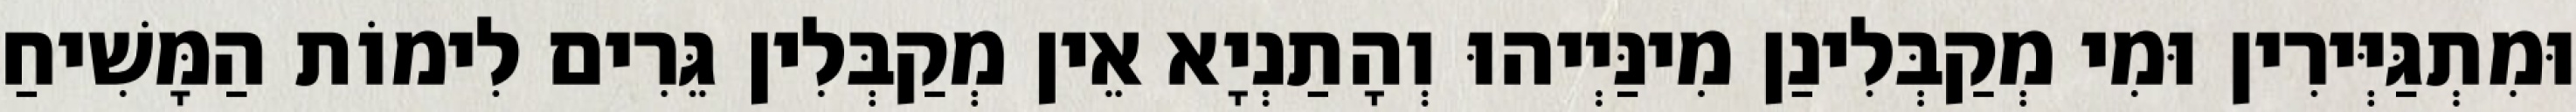
וּמִתְגַּיְּירִין וּמִי מְקַבְּלִינַן מִינַּיְיהוּ וְהָתַנְיָא אֵין מְקַבְּלִין גֵּרִים לִימוֹת הַמָּשִׁיחַ